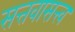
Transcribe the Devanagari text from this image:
सत्तवासत्त्व